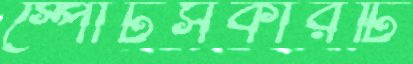
স্পোর্টসকারটি